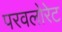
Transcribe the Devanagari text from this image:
परवलोरेट